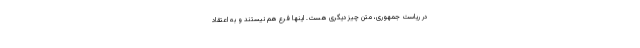
در ریاست جمهوری، متن چیز دیگری هست. اینها فرع هم نیستند و به اعتقاد